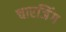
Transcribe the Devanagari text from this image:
चारजिंग